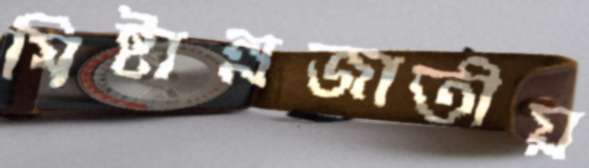
মিষ্টান্নজাতীয়